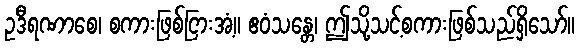
ဥဒီရဏာစေ၊ စကားဖြစ်ငြားအံ့။ ဧဝံသန္တေ၊ ဤသို့သင့်စကားဖြစ်သည်ရှိသော်။